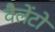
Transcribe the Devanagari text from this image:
वैलेंटो